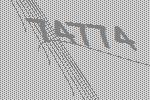
74774